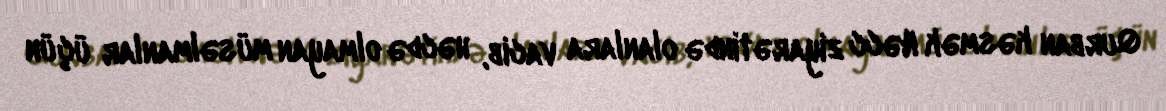
Qurban kəsmək Həcc ziyarətində olanlara vacib, həcdə olmayan müsəlmanlar üçün